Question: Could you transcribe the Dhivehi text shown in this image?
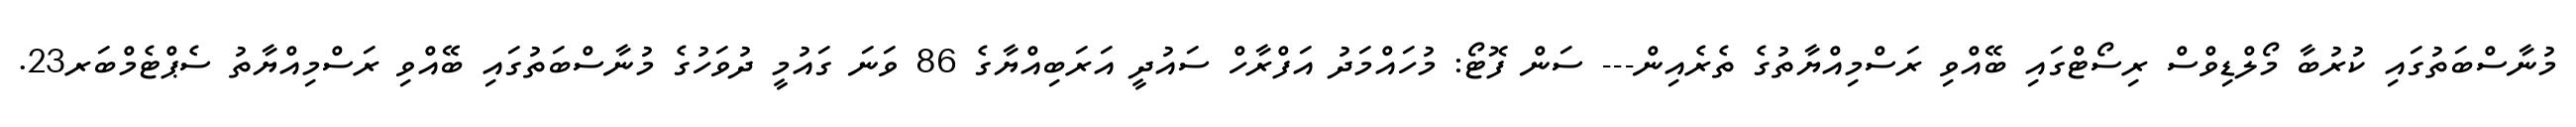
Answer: މުނާސްބަތުގައި ކުރުބާ މޯލްޑިވްސް ރިސޯޓްގައި ބޭއްވި ރަސްމިއްޔާތުގެ ތެރެއިން--- ސަން ފޮޓޯ: މުހައްމަދު އަފްރާހް ސައުދީ އަރަބިއްޔާގެ 86 ވަނަ ގައުމީ ދުވަހުގެ މުނާސްބަތުގައި ބޭއްވި ރަސްމިއްޔާތު ސެޕްޓެމްބަރ23.